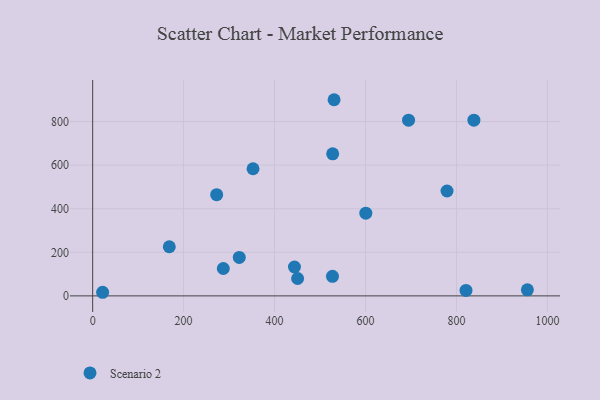
{"axis": {"x": "Investment", "y": "Yield"}, "legend": ["Scenario 2"], "data": [{"x": "322.4", "y": 176.5, "type": "Scenario 2"}, {"x": "527.8", "y": 652.0, "type": "Scenario 2"}, {"x": "838.4", "y": 806.3, "type": "Scenario 2"}, {"x": "287.3", "y": 125.8, "type": "Scenario 2"}, {"x": "779.3", "y": 481.4, "type": "Scenario 2"}, {"x": "450.7", "y": 79.7, "type": "Scenario 2"}, {"x": "272.7", "y": 464.4, "type": "Scenario 2"}, {"x": "443.8", "y": 132.5, "type": "Scenario 2"}, {"x": "600.7", "y": 379.7, "type": "Scenario 2"}, {"x": "694.7", "y": 806.3, "type": "Scenario 2"}, {"x": "821.0", "y": 25.2, "type": "Scenario 2"}, {"x": "530.9", "y": 900.2, "type": "Scenario 2"}, {"x": "527.4", "y": 89.7, "type": "Scenario 2"}, {"x": "352.7", "y": 583.5, "type": "Scenario 2"}, {"x": "956.0", "y": 27.8, "type": "Scenario 2"}, {"x": "168.5", "y": 225.6, "type": "Scenario 2"}, {"x": "21.9", "y": 16.6, "type": "Scenario 2"}]}